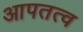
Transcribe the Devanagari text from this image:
आपतत्व